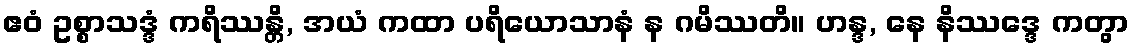
ဧဝံ ဥစ္စာသဒ္ဒံ ကရိဿန္တိ, အယံ ကထာ ပရိယောသာနံ န ဂမိဿတိ။ ဟန္ဒ, နေ နိဿဒ္ဒေ ကတွာ